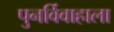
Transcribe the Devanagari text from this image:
पुनर्विवाहाला